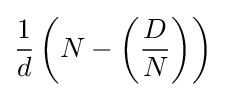
{\frac {1}{d}}\left(N-\left({\frac {D}{N}}\right)\right)